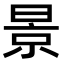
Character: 景